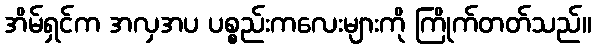
အိမ်ရှင်က အလှအပ ပစ္စည်းကလေးများကို ကြိုက်တတ်သည်။